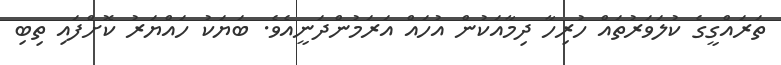
ތަރައްގީގެ ކުލަވަރުތައް ހުރިހާ ދިމާއަކުން އުހައް އަރަމުންދަނީއެވެ. ބަޔަކު ހައްޔަރު ކޮށްފައި ތިބި